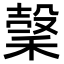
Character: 𥡛